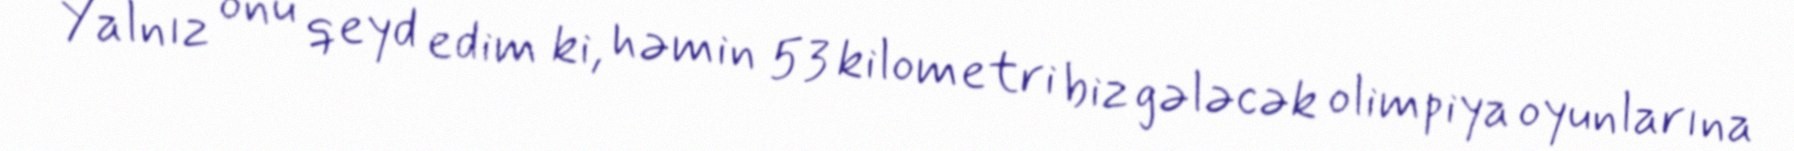
Yalnız onu qeyd edim ki, həmin 53 kilometri biz gələcək olimpiya oyunlarına